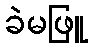
ခဲမဖြူ